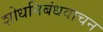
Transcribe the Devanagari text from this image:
शोधनिबंधवाचन